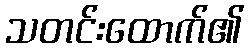
သတင်းထောက်၏